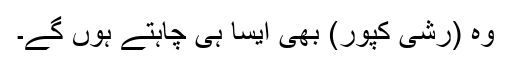
وہ (رشی کپور) بھی ایسا ہی چاہتے ہوں گے۔